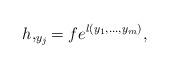
LaTeX: \begin{align*} h,_{y_j}=fe^{l(y_1,\ldots,y_m)},\end{align*}